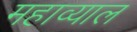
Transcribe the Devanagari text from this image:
महाव्याल